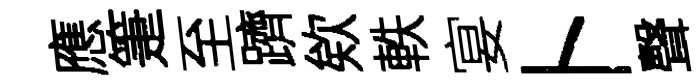
應箑至躋欸軼宴卜聲